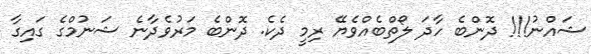
ޝައްނު!!! ދޮންބެ ހާދަ ލޯތްބެއްވެޔޭ ރިމީ ދެކެ. ދޮންބެ މަރުވެދާނެ ޝަނުމްގެ ގައިގާ